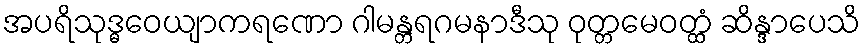
အပရိသုဒ္ဓဝေယျာကရဏော ဂါမန္တရဂမနာဒီသု ဝုတ္တမေဝတ္ထံ ဆိန္ဒာပေသိ